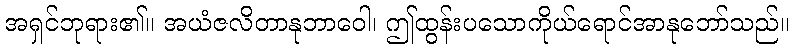
အရှင်ဘုရား၏။ အယံဇလိတာနုဘာဝေါ၊ ဤထွန်းပသောကိုယ်ရောင်အာနုဘော်သည်။